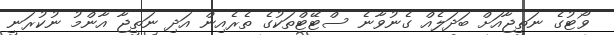
ވޯޓުގެ ނަތީޖާއަށް ބަދަލެއް ގެނުވާނެ ސްޓޭޓްތަކުގެ ތެރެއިން އަދި ނަތީޖާ އާންމު ނުކުރަނީ